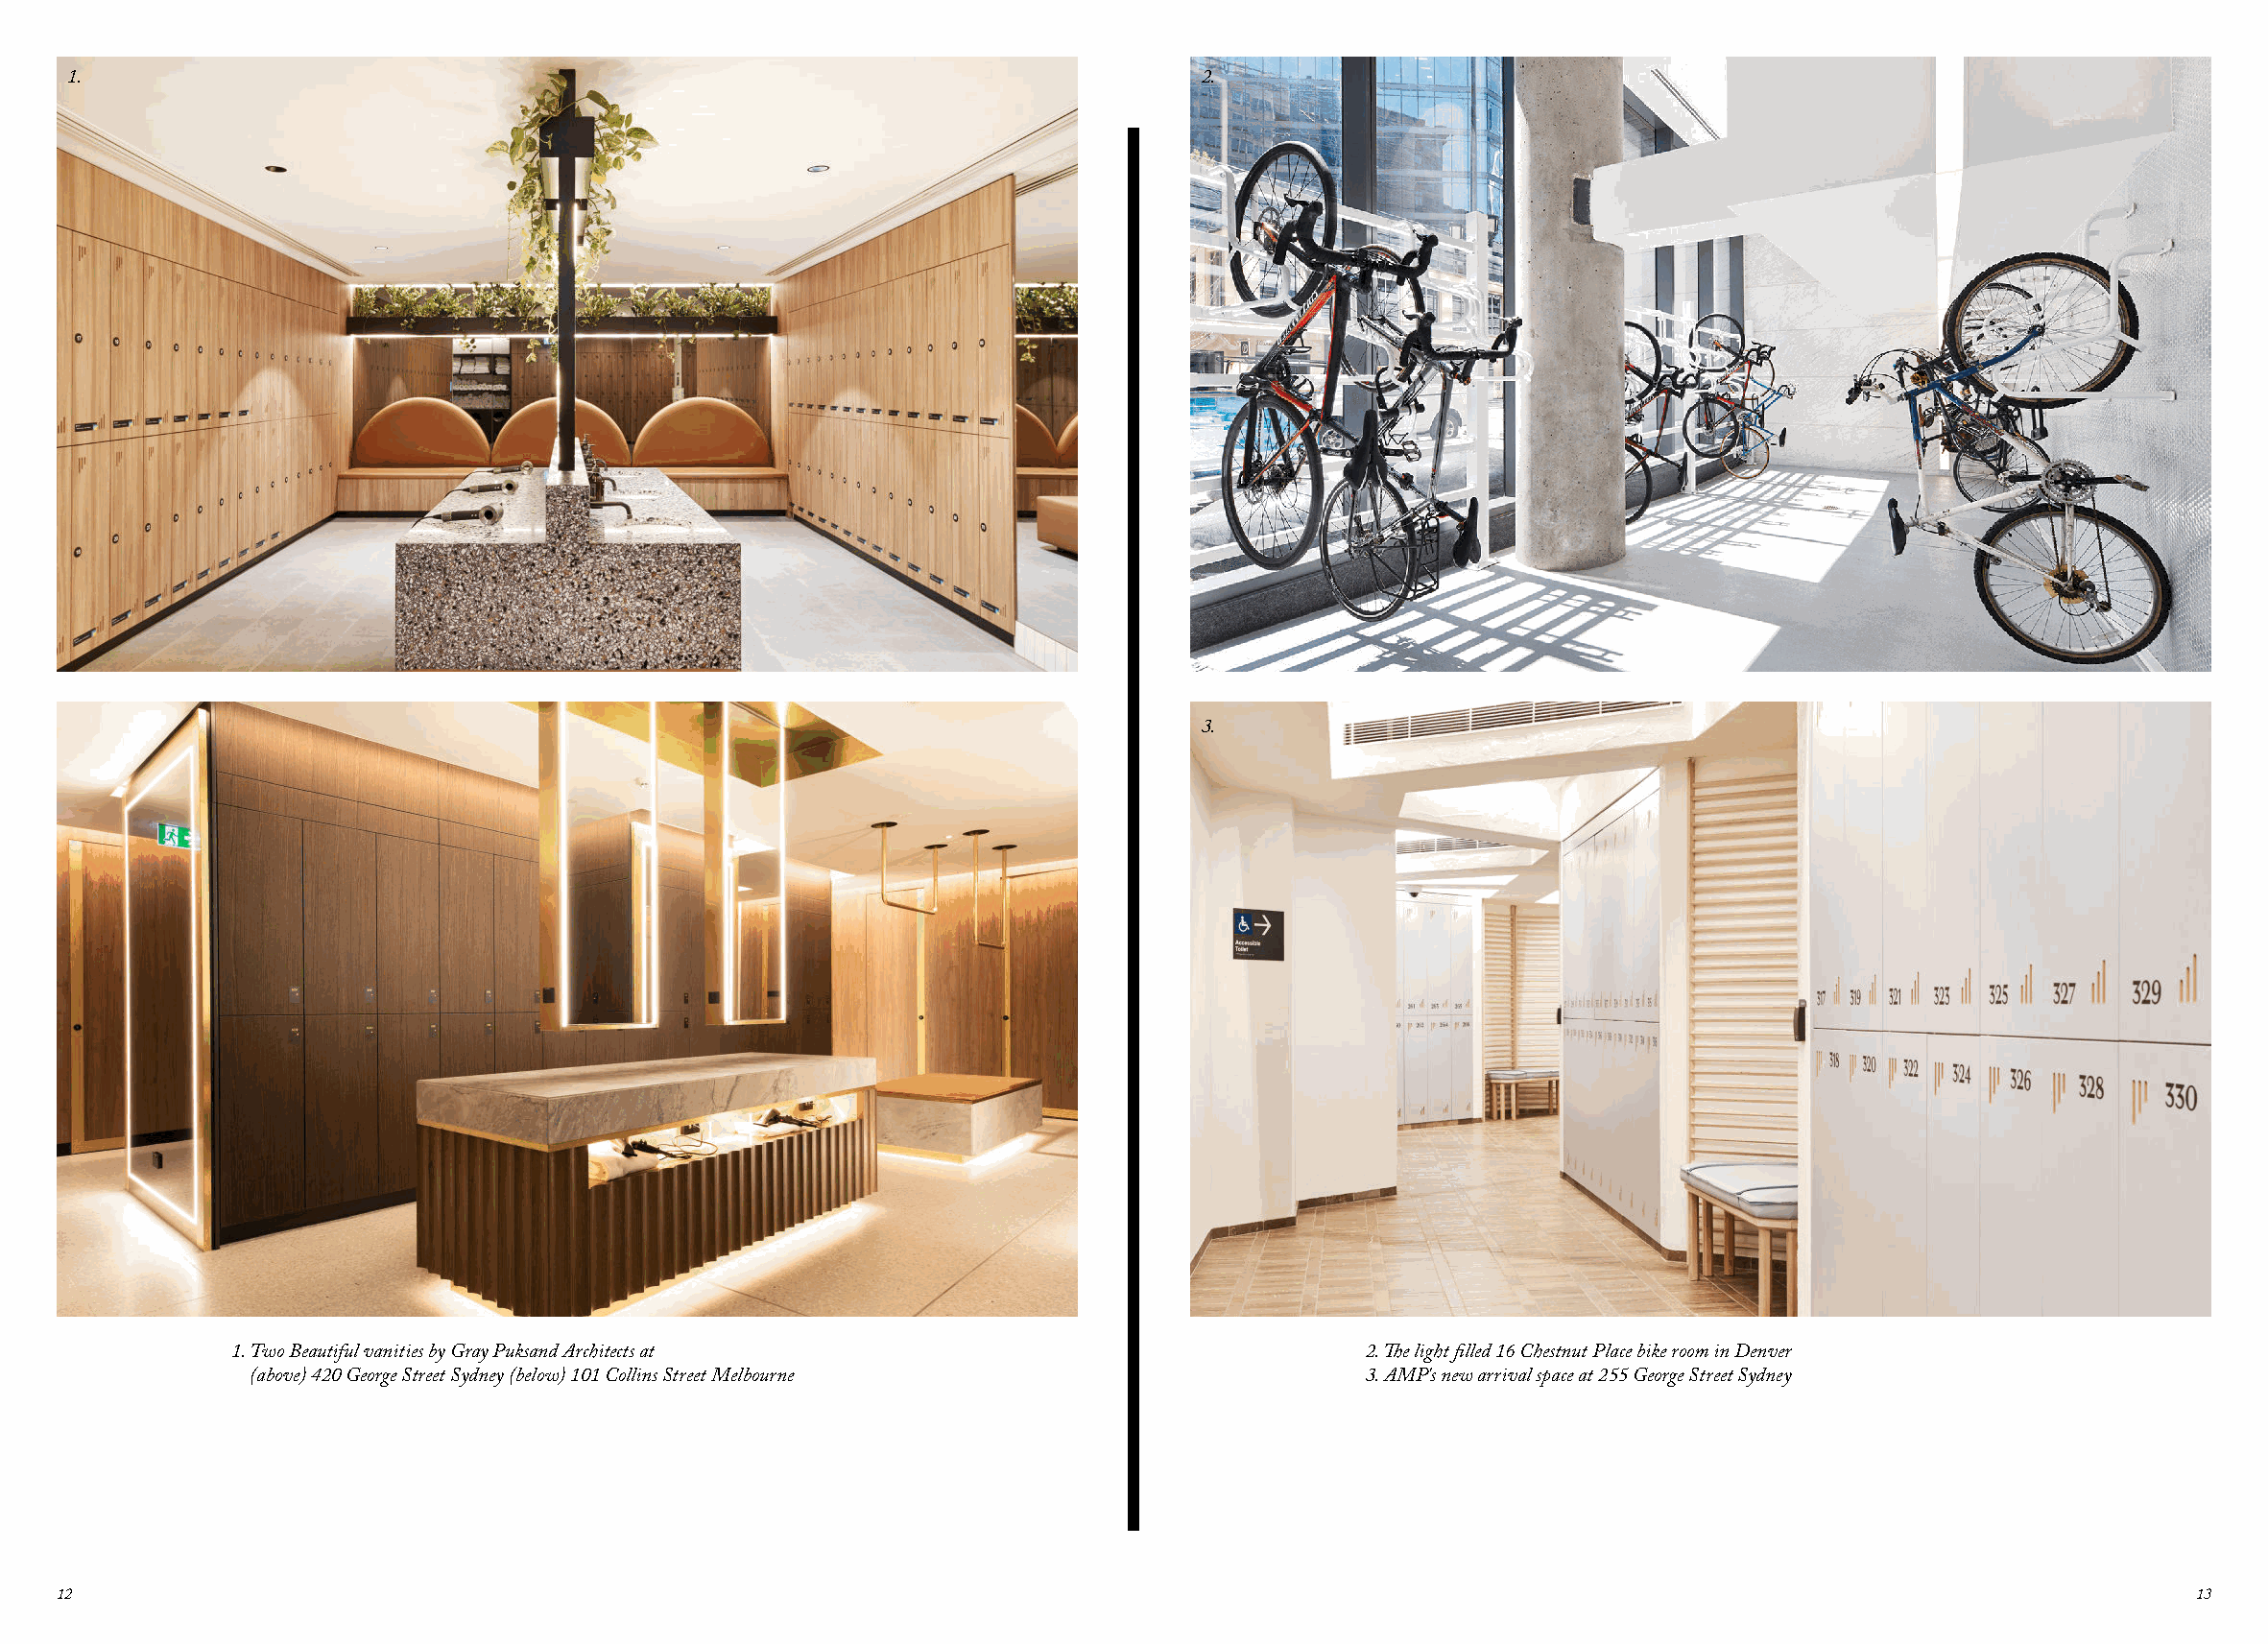
1.                                                                            2.
 3.
 1. Two Beautiful vanities by Gray Puksand Architects at                       2. The light filled 16 Chestnut Place bike room in Denver
 (above) 420 George Street Sydney (below) 101 Collins Street Melbourne        3. AMP's new arrival space at 255 George Street Sydney
 12                                                                                                                                                 13